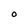
Character: O